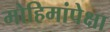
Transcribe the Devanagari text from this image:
मोहिमांपेक्षा